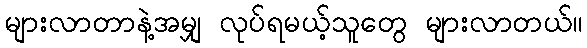
များလာတာနဲ့အမျှ လုပ်ရမယ့်သူတွေ များလာတယ်။